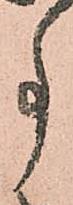
事